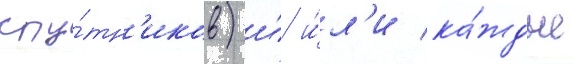
спу́тн'иков) и́/ и́л'и ка́ждые